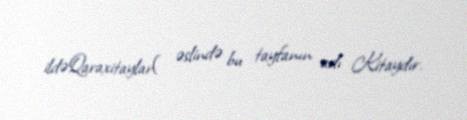
ildəQaraxitaylar( əslində bu tayfanın adı Kitaydır.